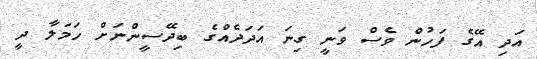
އަދި އޭގެ ފަހުން ވެސް ވަނީ ގިނަ އަދަދެއްގެ ބިދޭސީންނަށް ހަމަލާ ދީ